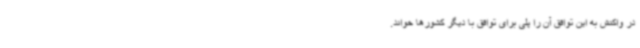
در واکنش به این توافق آن را پلی برای توافق با دیگر کشورها خواند.